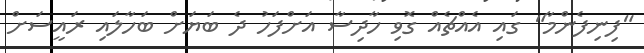
"ފިނިފެންމާ" ގައި އެއްޗެއް ގޮވި ހާދިސާ އަށްފަހު ދެ ބަޔަށް ބަހާލައި ރައީސަށް